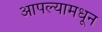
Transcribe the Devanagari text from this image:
आपल्यामधून